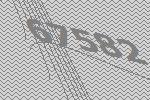
67582